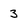
Character: 3